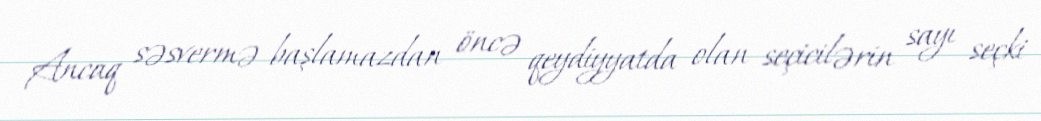
Ancaq səsvermə başlamazdan öncə qeydiyyatda olan seçicilərin sayı seçki